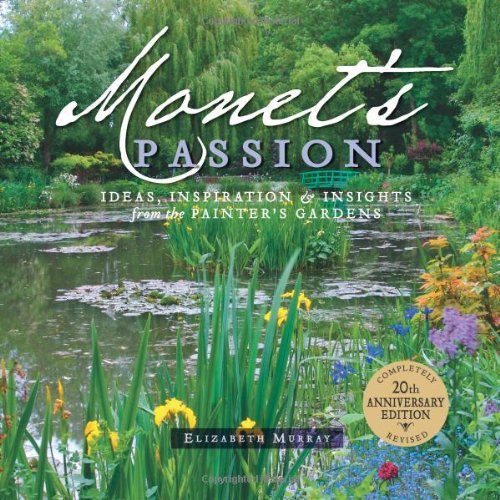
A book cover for Monet's Passion: Ideas, Inspiration, and Insights from the Painter's Gardens; Elizabeth Murray; Crafts, Hobbies & Home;